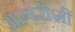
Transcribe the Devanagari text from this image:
आगरीशीं